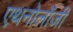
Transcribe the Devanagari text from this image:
एथनोलॉजी